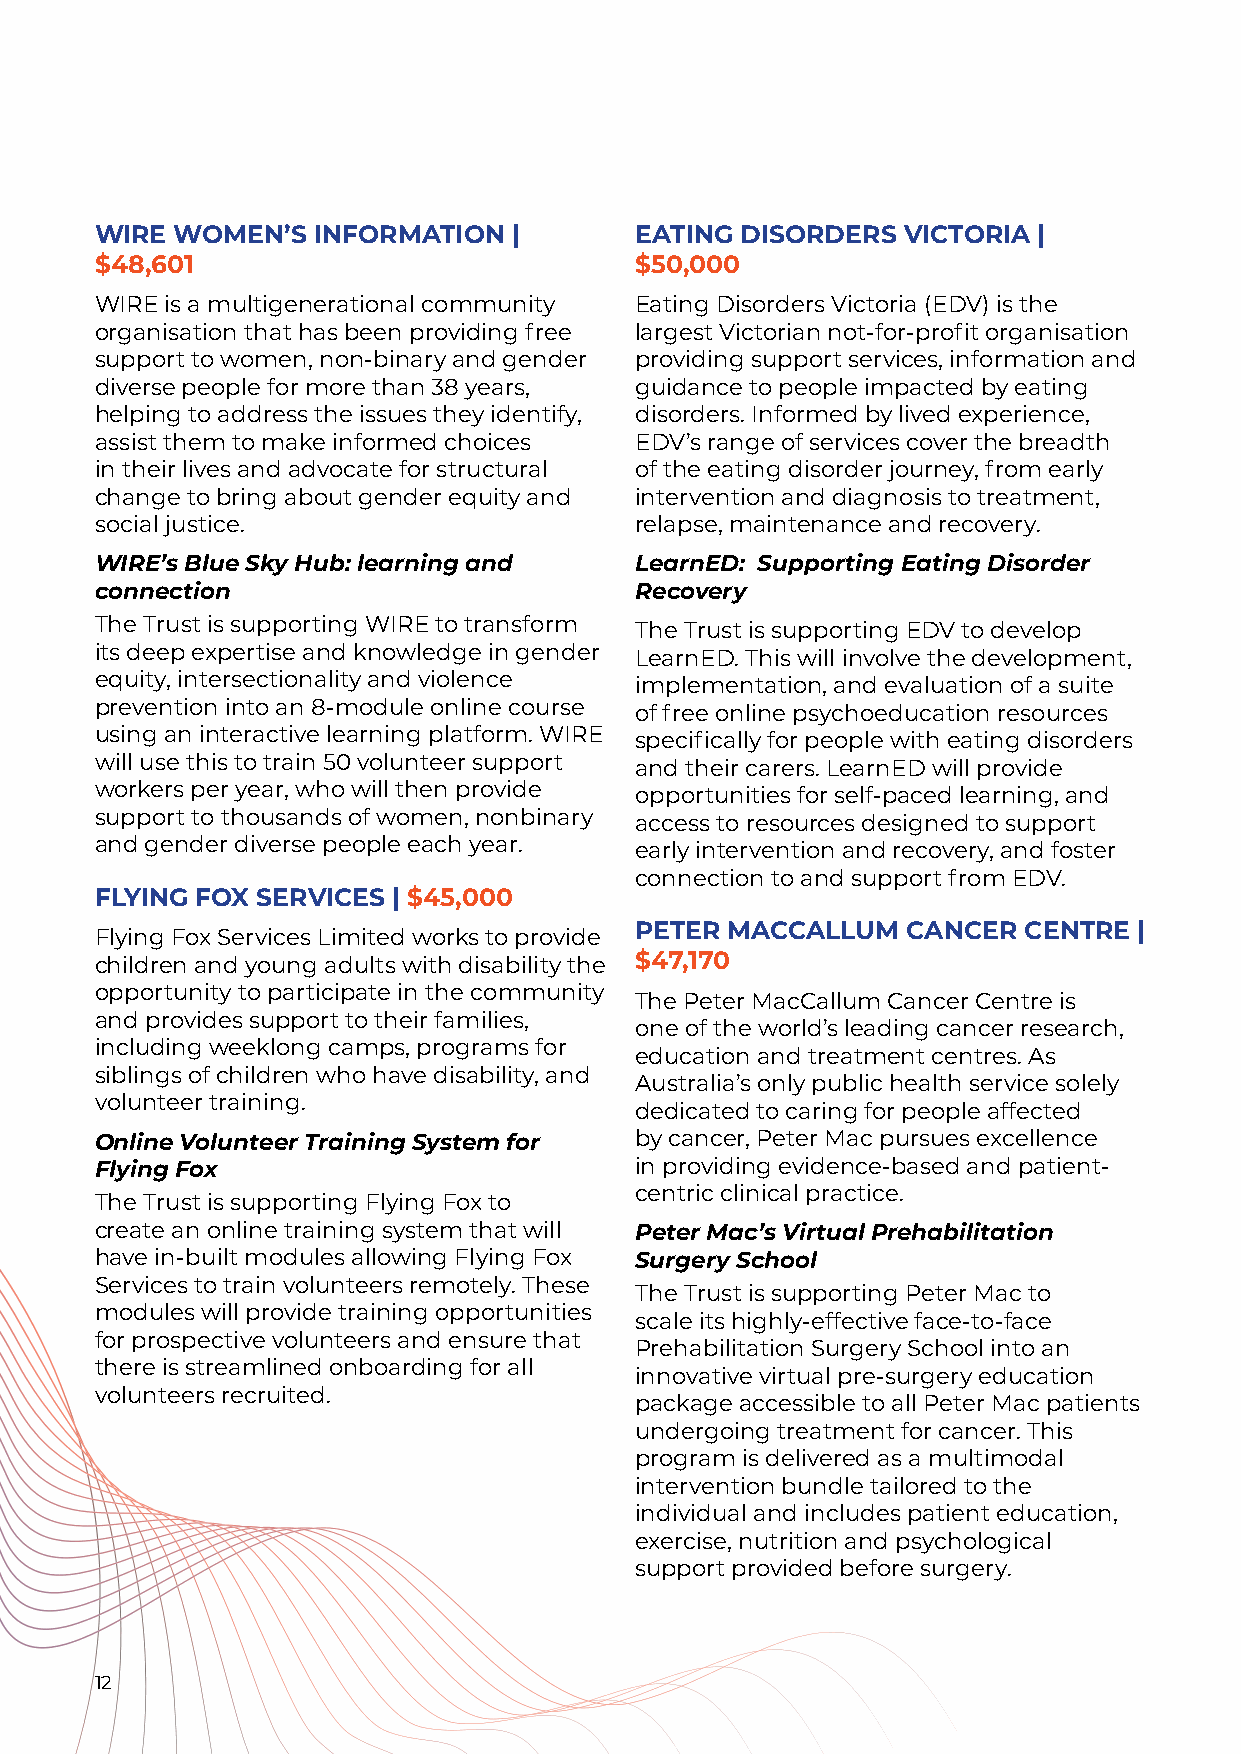
WIRE WOMEN’S   INFORMATION  |       EATING DISORDERS  VICTORIA |
 $48,601                             $50,000
 WIRE is a multigenerational community Eating Disorders Victoria (EDV) is the
 organisation that has been providing free largest Victorian not-for-profit organisation
 support to women, non-binary and gender providing support services, information and
 diverse people for more than 38 years, guidance to people impacted by eating
 helping to address the issues they identify, disorders. Informed by lived experience,
 assist them to make informed choices EDV’s range of services cover the breadth
 in their lives and advocate for structural of the eating disorder journey, from early
 change to bring about gender equity and intervention and diagnosis to treatment,
 social justice.                     relapse, maintenance and recovery.
 WIRE’s Blue Sky Hub: learning and   LearnED: Supporting Eating Disorder
 connection                          Recovery
 The Trust is supporting WIRE to transform The Trust is supporting EDV to develop
 its deep expertise and knowledge in gender LearnED. This will involve the development,
 equity, intersectionality and violence implementation, and evaluation of a suite
 prevention into an 8-module online course of free online psychoeducation resources
 using an interactive learning platform. WIRE specifically for people with eating disorders
 will use this to train 50 volunteer support and their carers. LearnED will provide
 workers per year, who will then provide opportunities for self-paced learning, and
 support to thousands of women, nonbinary access to resources designed to support
 and gender diverse people each year. early intervention and recovery, and foster
 connection to and support from EDV.
 FLYING FOX SERVICES | $45,000
 PETER MACCALLUM   CANCER  CENTRE |
 Flying Fox Services Limited works to provide
 children and young adults with disability the $47,170
 opportunity to participate in the community
 The Peter MacCallum Cancer Centre is
 and provides support to their families,
 one of the world’s leading cancer research,
 including weeklong camps, programs for
 education and treatment centres. As
 siblings of children who have disability, and
 Australia’s only public health service solely
 volunteer training.
 dedicated to caring for people affected
 Online Volunteer Training System for by cancer, Peter Mac pursues excellence
 Flying Fox                          in providing evidence-based and patient-
 centric clinical practice.
 The Trust is supporting Flying Fox to
 create an online training system that will Peter Mac’s Virtual Prehabilitation
 have in-built modules allowing Flying Fox Surgery School
 Services to train volunteers remotely. These
 The Trust is supporting Peter Mac to
 modules will provide training opportunities
 scale its highly-effective face-to-face
 for prospective volunteers and ensure that
 Prehabilitation Surgery School into an
 there is streamlined onboarding for all
 innovative virtual pre-surgery education
 volunteers recruited.
 package accessible to all Peter Mac patients
 undergoing treatment for cancer. This
 program is delivered as a multimodal
 intervention bundle tailored to the
 individual and includes patient education,
 exercise, nutrition and psychological
 support provided before surgery.
 12